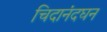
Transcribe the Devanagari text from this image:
चिदानंदघन